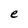
Character: e